Scottish Leaving Certificate Examination, 1961
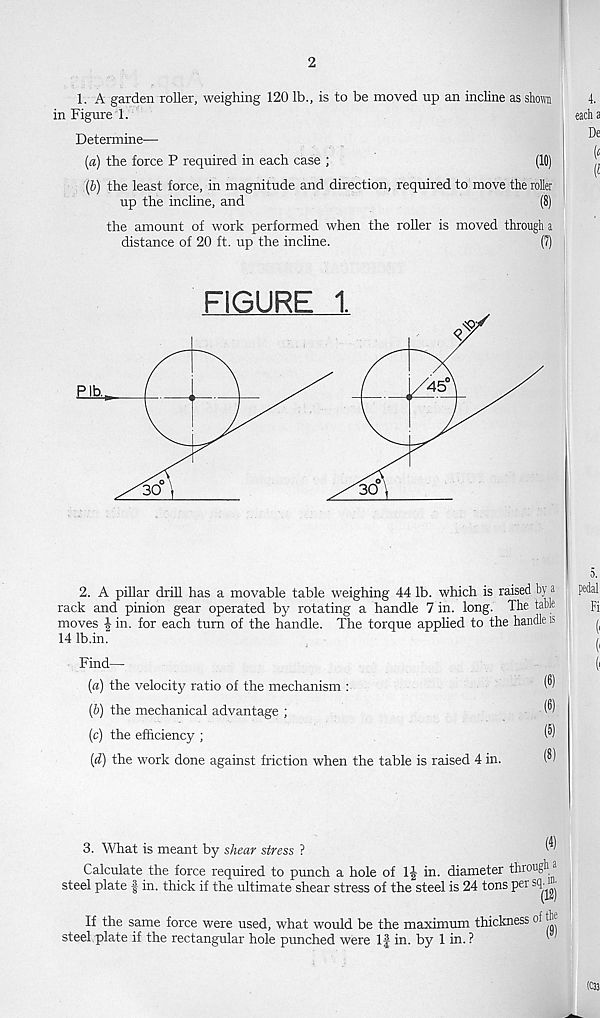
2
1. A garden roller, weighing 120 lb., is to be moved up an incline as shorn
in Figure 1.
Determine—
(a) the force P required in each case ;
(10)
(b) the least force, in magnitude and direction, required to move the roller
up the incline, and
(8)
the amount of work performed when the roller is moved through i
distance of 20 ft. up the incline.
(7)
FIGURE 1.
2. A pillar drill has a movable table weighing 44 lb. which is raised by a
rack and pinion gear operated by rotating a handle 7 in. long. The table
moves ^ in. for each turn of the handle. The torque applied to the handle is
14 Ib.in.
Find—
(а) the velocity ratio of the mechanism :
w
(б) the mechanical advantage ;
(®)
(c) the efficiency ;
®
(d) the work done against friction when the table is raised 4 in.
3. What is meant by shear stress ?
^'
Calculate the force required to punch a hole of 1| in. diameter through a
steel plate § in. thick if the ultimate shear stress of the steel is 24 tons per sq^®-
If the same force were used, what would be the maximum thickness of th
steel plate if the rectangular hole punched were If in. by 1 in. ?
'